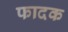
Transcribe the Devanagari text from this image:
फादक